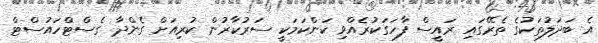
އެ ބަދަލުތަކުގެ ތެރޭގައި ރައީސް ފާހަގަކުރެއްވި ކަންކަމަކީ ސަރުކާރުން ކުރިއަށް ގެންދާ ގެސްޓްހައުސްޓް